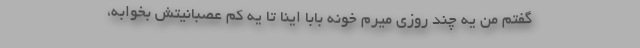
گفتم من یه چند روزی میرم خونه بابا اینا تا یه کم عصبانیتش بخوابه،